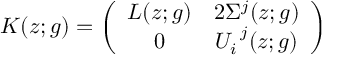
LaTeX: K ( z ; g ) = \left( \begin{array} { c c } { { L ( z ; g ) } } & { { 2 \Sigma ^ { j } ( z ; g ) } } \\ { { 0 } } & { { U _ { i } ^ { ~ j } ( z ; g ) } } \end{array} \right)